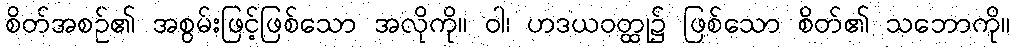
စိတ်အစဉ်၏ အစွမ်းဖြင့်ဖြစ်သော အလိုကို။ ဝါ၊ ဟဒယဝတ္ထု၌ ဖြစ်သော စိတ်၏ သဘောကို။